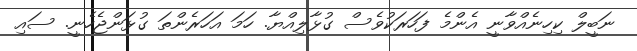
ނަބީލް ކިހިނެއްވާނީ އެންމެ ފަހަރަކުވެސް ގުޅާލިއްޔާ. ހަމަ އަހަރެންތަ ގުޅަންޖެހެނީ. ސައި